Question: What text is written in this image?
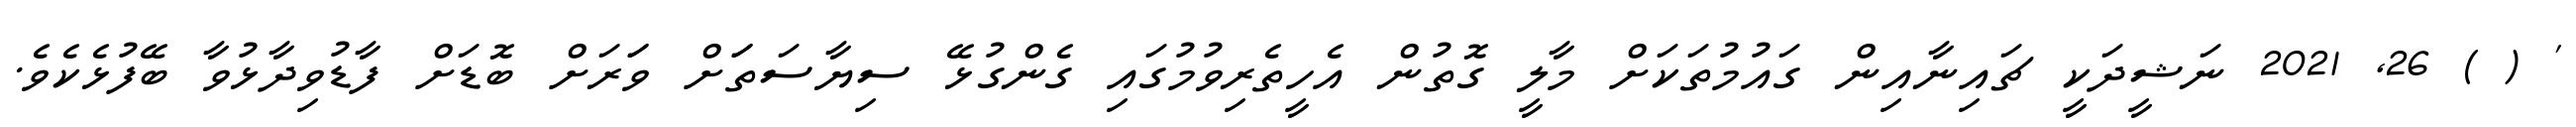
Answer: ' ( ) 26, 2021 ނަޝީދަކީ ޗައިނާއިން ގައުމުތަކަށް މާލީ ގޮތުން އެހީތެރިވުމުގައި ގެންގުޅޭ ސިޔާސަތަަށް ވަަރަށް ބޮޑަށް ފާޑުވިދާޅުވާ ބޭފުޅެކެވެ.